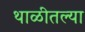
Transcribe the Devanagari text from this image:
थाळीतल्या